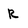
Character: R